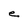
Character: e